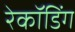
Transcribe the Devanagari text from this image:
रेकॉडिंग